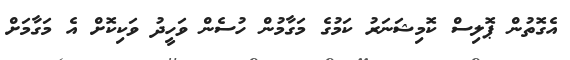
އެގޮތުން ޕޮލިސް ކޮމިޝަނަރު ކަމުގެ މަގާމުން ހުސެން ވަހީދު ވަކިކޮށް އެ މަގާމަށް